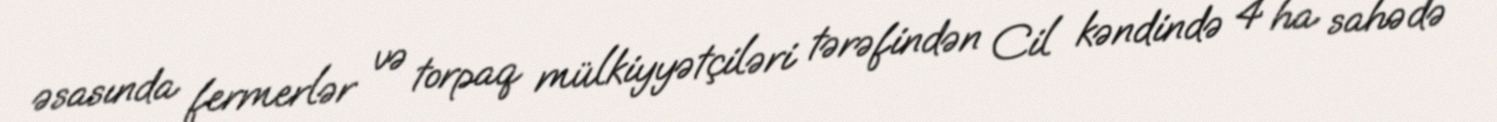
əsasında fermerlər və torpaq mülkiyyətçiləri tərəfindən Cil kəndində 4 ha sahədə